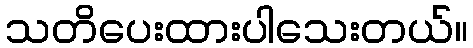
သတိပေးထားပါသေးတယ်။